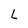
Character: L